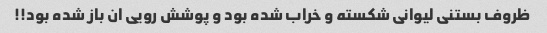
ظروف بستنی لیوانی شکسته و خراب شده بود و پوشش رویی ان باز شده بود!!